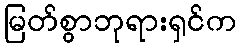
မြတ်စွာဘုရားရှင်က